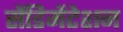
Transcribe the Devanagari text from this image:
सेंडिमेंटेशन